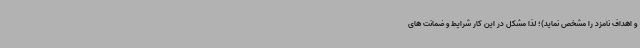
و اهداف نامزد را مشخص نماید)؛ لذا مشکل در این کار شرایط و ضمانت های